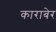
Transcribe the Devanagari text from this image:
काराबेर